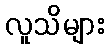
လူသိများ